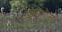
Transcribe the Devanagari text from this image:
टुमोरोज